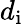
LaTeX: d_{\mathrm{i}}